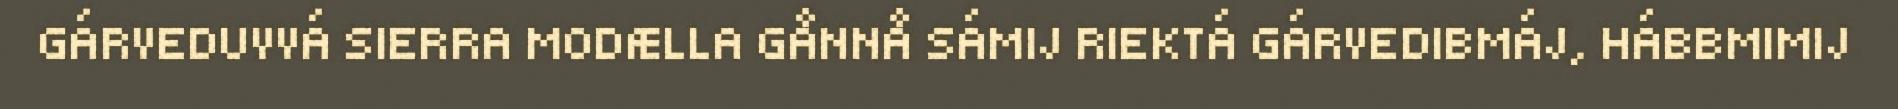
GÁRVEDUVVÁ SIERRA MODÆLLA GÅNNÅ SÁMIJ RIEKTÁ GÁRVEDIBMÁJ, HÁBBMIMIJ